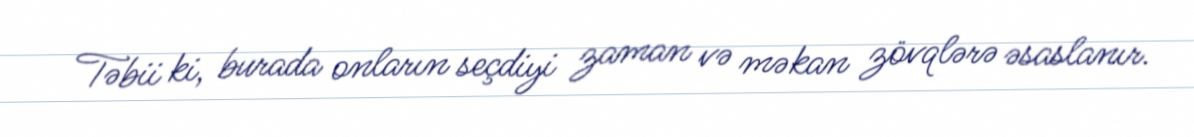
Təbii ki, burada onların seçdiyi zaman və məkan zövqlərə əsaslanır.